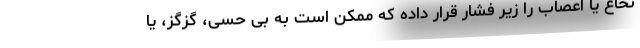
نخاع یا اعصاب را زیر فشار قرار داده که ممکن است به بی حسی، گزگز، یا